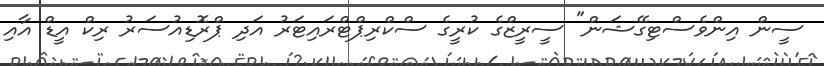
ސީން އިންވެސްޓިގޭޝަން" ސީރީޒްގެ ކުރީގެ ސްކްރިޕްޓްރައިޓަރު އަދި ޕްރޮޑިއުސަރު ރިކް އީޑް އާއި